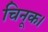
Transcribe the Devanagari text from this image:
चिनूक।